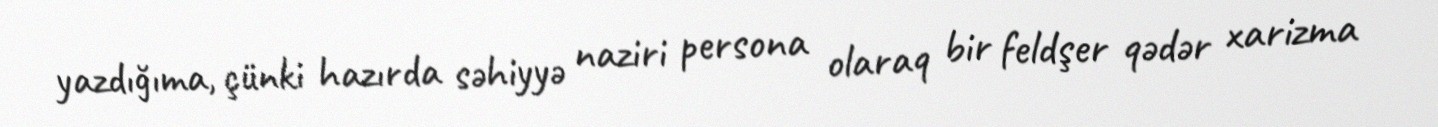
yazdığıma, çünki hazırda səhiyyə naziri persona olaraq bir feldşer qədər xarizma